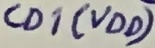
Text: CD1(VDD)